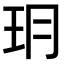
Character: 𤣽